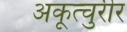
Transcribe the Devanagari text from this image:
अकूत्चुरीर